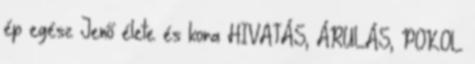
ép egész Jenő élete és kora HIVATÁS, ÁRULÁS, POKOL